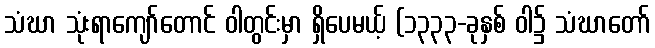
သံဃာ သုံးရာကျော်တောင် ဝါတွင်းမှာ ရှိပေမယ့် (၁၃၃၃-ခုနှစ် ဝါ၌ သံဃာတော်